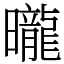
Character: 曨